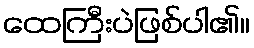
ထေကြီးပဲဖြစ်ပါ၏။